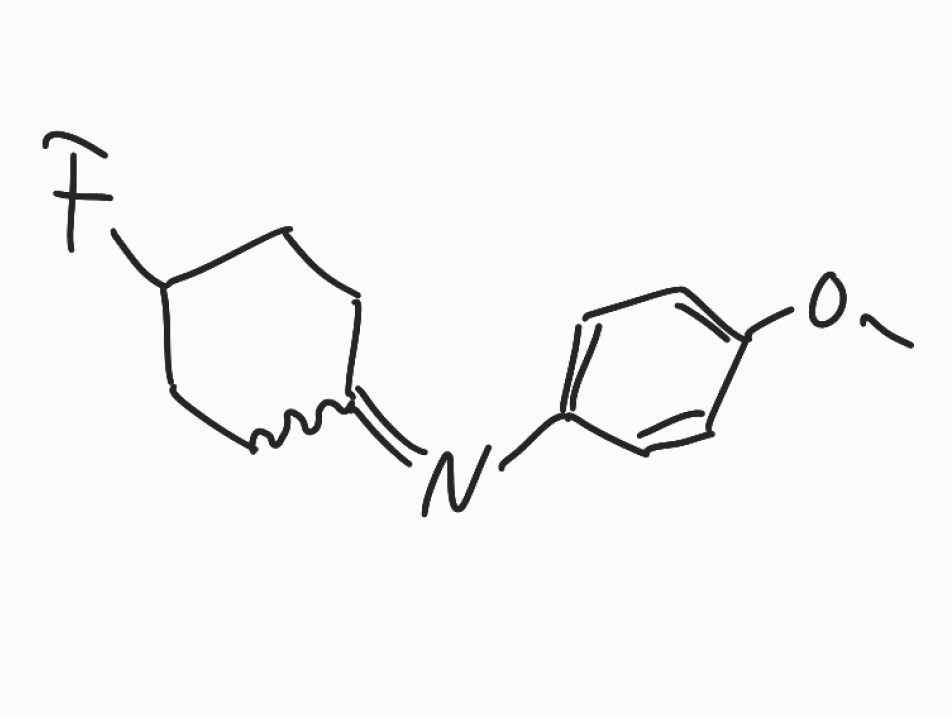
Simplified molecular-input line-entry system (SMILES) notation of the given molecule:
COC1=CC=C(C=C1)N=C2CCC(CC2)F